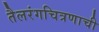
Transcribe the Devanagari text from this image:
तैलरंगचित्रणाची